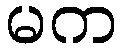
မက